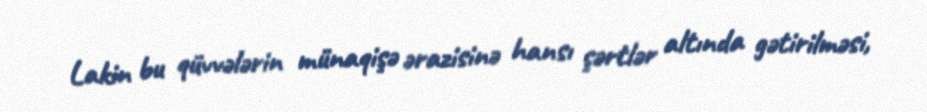
Lakin bu qüvvələrin münaqişə ərazisinə hansı şərtlər altında gətirilməsi,